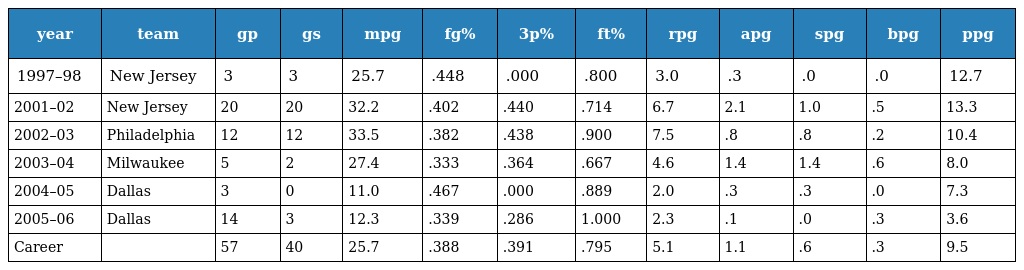
| year | team | gp | gs | mpg | fg% | 3p% | ft% | rpg | apg | spg | bpg | ppg |
 | --- | --- | --- | --- | --- | --- | --- | --- | --- | --- | --- | --- | --- |
 | 1997–98 | New Jersey | 3 | 3 | 25.7 | .448 | .000 | .800 | 3.0 | .3 | .0 | .0 | 12.7 |
 | 2001–02 | New Jersey | 20 | 20 | 32.2 | .402 | .440 | .714 | 6.7 | 2.1 | 1.0 | .5 | 13.3 |
 | 2002–03 | Philadelphia | 12 | 12 | 33.5 | .382 | .438 | .900 | 7.5 | .8 | .8 | .2 | 10.4 |
 | 2003–04 | Milwaukee | 5 | 2 | 27.4 | .333 | .364 | .667 | 4.6 | 1.4 | 1.4 | .6 | 8.0 |
 | 2004–05 | Dallas | 3 | 0 | 11.0 | .467 | .000 | .889 | 2.0 | .3 | .3 | .0 | 7.3 |
 | 2005–06 | Dallas | 14 | 3 | 12.3 | .339 | .286 | 1.000 | 2.3 | .1 | .0 | .3 | 3.6 |
 | Career |  | 57 | 40 | 25.7 | .388 | .391 | .795 | 5.1 | 1.1 | .6 | .3 | 9.5 |